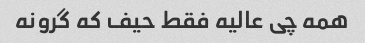
همه چی عالیه فقط حیف که گرونه